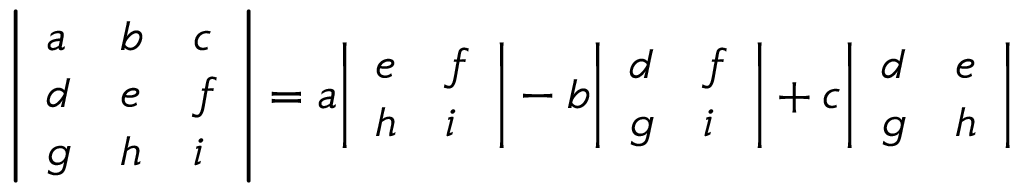
{ \left| \begin{array} { l l l } { a } & { b } & { c } \\ { d } & { e } & { f } \\ { g } & { h } & { i } \end{array} \right| } = a { \left| \begin{array} { l l } { e } & { f } \\ { h } & { i } \end{array} \right| } - b { \left| \begin{array} { l l } { d } & { f } \\ { g } & { i } \end{array} \right| } + c { \left| \begin{array} { l l } { d } & { e } \\ { g } & { h } \end{array} \right| }